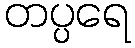
တပ္ပရေ